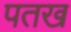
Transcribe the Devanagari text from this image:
पतख